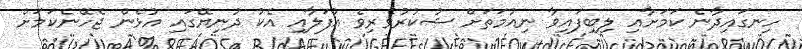
ހިނގައިދާނެ ކަމަށާއި ލިބިފައިވާ ނިއުމަތަށް ޝުކުރުވެރިވެ އުފަލާއި އެކު ދުނިޔޭގައި އުޅެން ޖެހޭނެކަމަށް